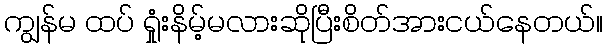
ကျွန်မ ထပ် ရှုံးနိမ့်မလားဆိုပြီးစိတ်အားငယ်နေတယ်။